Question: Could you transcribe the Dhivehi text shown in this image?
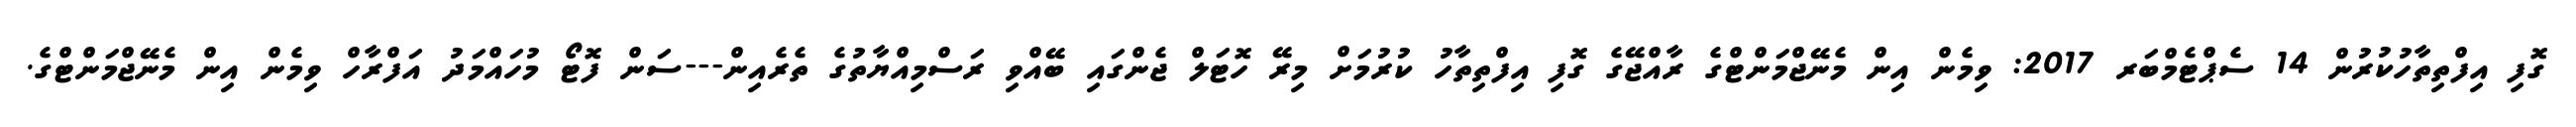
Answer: ގޮފި އިފްތިތާހުކުރުން 14 ސެޕްޓެމްބަރ 2017: ވިމެން އިން މެނޭޖްމަންޓްގެ ރާއްޖޭގެ ގޮފި އިފްތިތާހު ކުރުމަށް މިރޭ ހޮޓަލް ޖެންގައި ބޭއްވި ރަސްމިއްޔާތުގެ ތެރެއިން---ސަން ފޮޓޯ މުހައްމަދު އަފްރާހް ވިމެން އިން މެނޭޖްމަންޓްގެ.